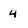
Character: 4